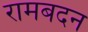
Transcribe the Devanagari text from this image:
रामबदन